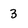
Character: 3